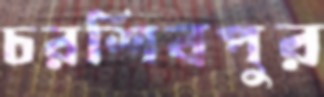
চরশিবপুর